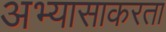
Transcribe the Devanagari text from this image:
अभ्यासाकरता